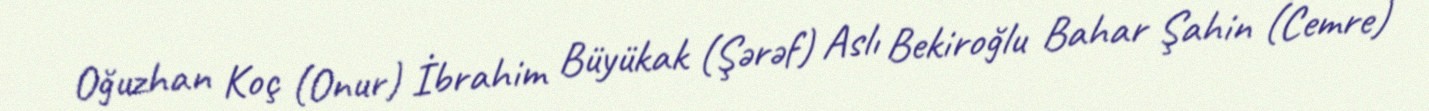
Oğuzhan Koç (Onur) İbrahim Büyükak (Şərəf) Aslı Bekiroğlu Bahar Şahin (Cemre)